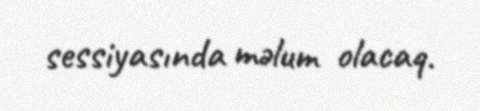
sessiyasında məlum olacaq.